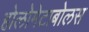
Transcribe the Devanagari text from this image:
होलोमेटाबोलस